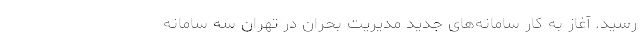
رسید. آغاز به کار سامانه‌های جدید مدیریت بحران در تهران سه سامانه